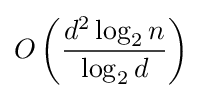
O\left({\frac {d^{2}\log _{2}n}{\log _{2}d}}\right)